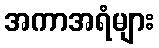
အကာအရံများ